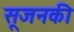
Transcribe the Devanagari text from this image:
सूजनकी